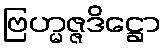
ဗြဟ္မဇ္ဇဒိဋ္ဌော